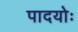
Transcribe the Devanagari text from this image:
पादयोः